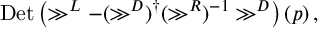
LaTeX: \mathrm { D e t } \left( \gg ^ { L } - ( \gg ^ { D } ) ^ { \dagger } ( \gg ^ { R } ) ^ { - 1 } \gg ^ { D } \right) ( p ) \, ,